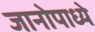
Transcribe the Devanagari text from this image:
जानोपाध्ये